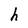
Character: h